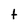
Character: t